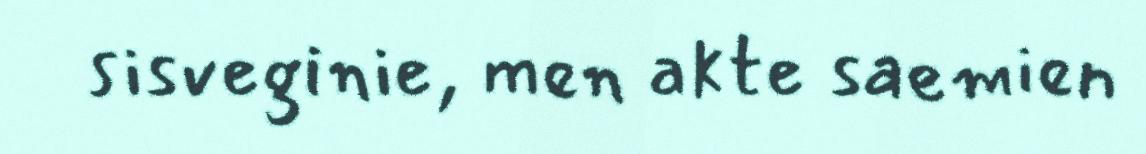
sisveginie, men akte saemien